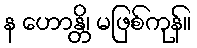
န ဟောန္တိ၊ မဖြစ်ကုန်။